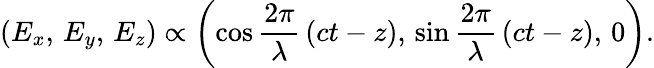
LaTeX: \left(E_{x},\, E_{y},\, E_{z}\right)\propto\left(\cos{\frac{2\pi}{\lambda}}\left(ct-z\right),\, \sin{\frac{2\pi}{\lambda}}\left(ct-z\right),\, 0\right).